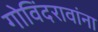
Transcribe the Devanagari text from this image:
गोविंदरावांना